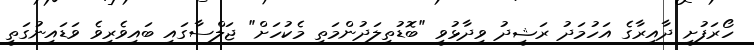
ހޯރަފުށީ ދާއިރާގެ އަހުމަދު ރަޝީދު ވިދާޅުވީ "ބޮޑުތިލަދުންމަތި މެކުހަށް" ޖަލްސާގައި ބައިވެރިވެ ވަޑައިނުގަތީ